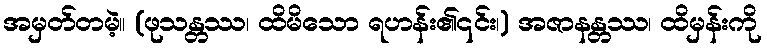
အမှတ်တမဲ့။ (ဖုသန္တဿ၊ ထိမိသော ရဟန်း၏၎င်း၊) အဇာနန္တဿ၊ ထိမှန်းကို